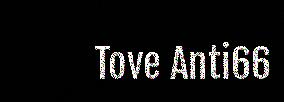
Tove Anti66